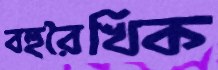
বহুরৈখিক